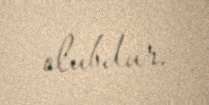
olubdur.